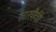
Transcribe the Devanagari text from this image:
लाखौकी